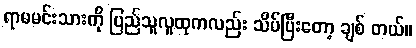
ရာမမင်းသားကို ပြည်သူလူထုကလည်း သိပ်ပြီးတော့ ချစ် တယ်။